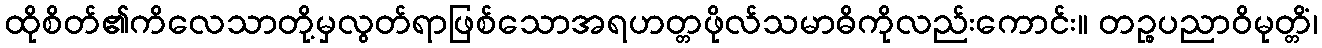
ထိုစိတ်၏ကိလေသာတို့မှလွတ်ရာဖြစ်သောအရဟတ္တဖိုလ်သမာဓိကိုလည်းကောင်း။ တဉ္စပညာဝိမုတ္တိံ၊